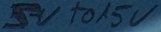
Text: 5V to 15V